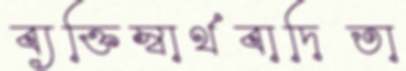
ব্যক্তিস্বার্থবাদিতা